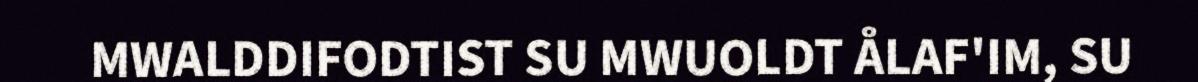
MWALDDIFODTIST SU MWUOLDT ÅLAF'IM, SU